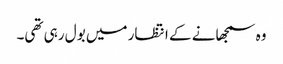
وہ سمجھانے کے انتظار میں بول رہی تھی۔